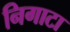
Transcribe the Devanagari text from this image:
निगाटा